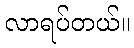
လာရပ်တယ်။